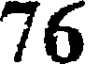
76